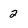
Character: 2